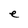
Character: e